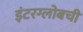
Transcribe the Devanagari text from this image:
इंटरग्लोबची